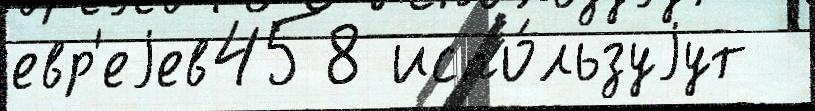
евр'еjев458 испо́льзуjут